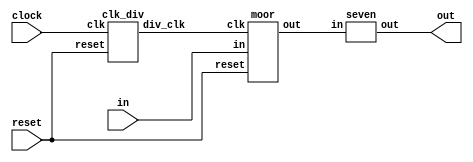
`define TimeExpire 32'd25000000


module test1(clock,reset,in,out);
input clock,reset,in;
output[6:0]out;

wire div_clk;// wire
wire [2:0]cur;
wire [6:0]out;


clk_div a(.clk(clock),.reset(reset),.div_clk(div_clk));

moor b(.clk(div_clk),.reset(reset),.in(in),.out(cur));// "." 

seven c(.in(cur),.out(out));

endmodule

module moor(clk,reset,in,out);
input clk,reset,in;
output [2:0]out;

reg [2:0]out;
reg [2:0]next;
parameter s0=3'b000,s1=3'b001,s2=3'b010,s3=3'b011,s4=3'b100,s5=3'b101;

			// bit
always@(posedge clk or negedge reset)// or negedge reset
begin
	if(reset==0)
	begin
		out=s0;
	end
	else
	begin
		out=next;
	end
end

always@(in or out )// in or out
begin
	if(reset==0)
	begin
		out=s0;
		if(in==0)
		begin
			next=s1;
		end
		else
		begin
			next=s3;
		end
	end		
	else
	begin
		if(in==0)
		begin
			case(out)
				s0: next=s3;
				s1: next=s5;
				s2: next=s0;
				s3: next=s1;
				s4: next=s2;
				s5: next=s4;
			
			endcase
		end
		else
		begin
			case(out)
				s0: next=s1;
				s1: next=s2;
				s2: next=s3;
				s3: next=s4;
				s4: next=s5;
				s5: next=s0;
					
			endcase
		
		end
		end
end

endmodule



module clk_div(clk,reset,div_clk);
input clk,reset;
output div_clk;

reg div_clk;
reg [31:0]count;

always@(posedge clk)
begin
	if(reset==0)
	begin
		count<=32'd0;
		div_clk<=1'b0;
	end
	else
	begin
		if(count== `TimeExpire)
		begin
			count<=32'd0;
			div_clk<= ~div_clk;
		end
		else
			count<= count+32'd1;
		begin
		
		end
	end
	
end



endmodule

module seven(in,out);
input [2:0]in;
output [6:0]out;

reg [6:0]out;

always@(in)
begin
	case(in)
		4'b0000: begin
		out=7'b1000000;
		end
		
		4'b0001: begin
		out=7'b1111001;
		end
		
		4'b0010: begin
		out=7'b0100100;
		end
		4'b0011: begin
		out=7'b0110000;
		end
		4'b0100: begin
		out=7'b0011001;
		end
		
		4'b0101: begin
		out=7'b0010010;
		end
		
		4'b0110: begin
		out=7'b0000010;
		end
		
		4'b0111: begin
		out=7'b1111000;
		end
		
		4'b1000: begin
		out=7'b0000000;
		end
		
		4'b1001: begin
		out=7'b0010000;
		end
		
		4'b1010: begin
		out=7'b0001000;
		end
		
		4'b1011: begin
		out=7'b0000011;
		end
		
		4'b1100: begin
		out=7'b1000110;
		end
		
		4'b1101: begin
		out=7'b0100001;
		end
		
		4'b1110: begin
		out=7'b0000110;
		end
		
		4'b1111: begin
		out=7'b0001110;
	end
	endcase


end


endmodule